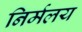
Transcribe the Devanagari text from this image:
निर्मलय